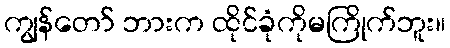
ကျွန်တော် ဘားက ထိုင်ခုံကိုမကြိုက်ဘူး။